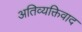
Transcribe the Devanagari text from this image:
अतिव्यक्तिवाद